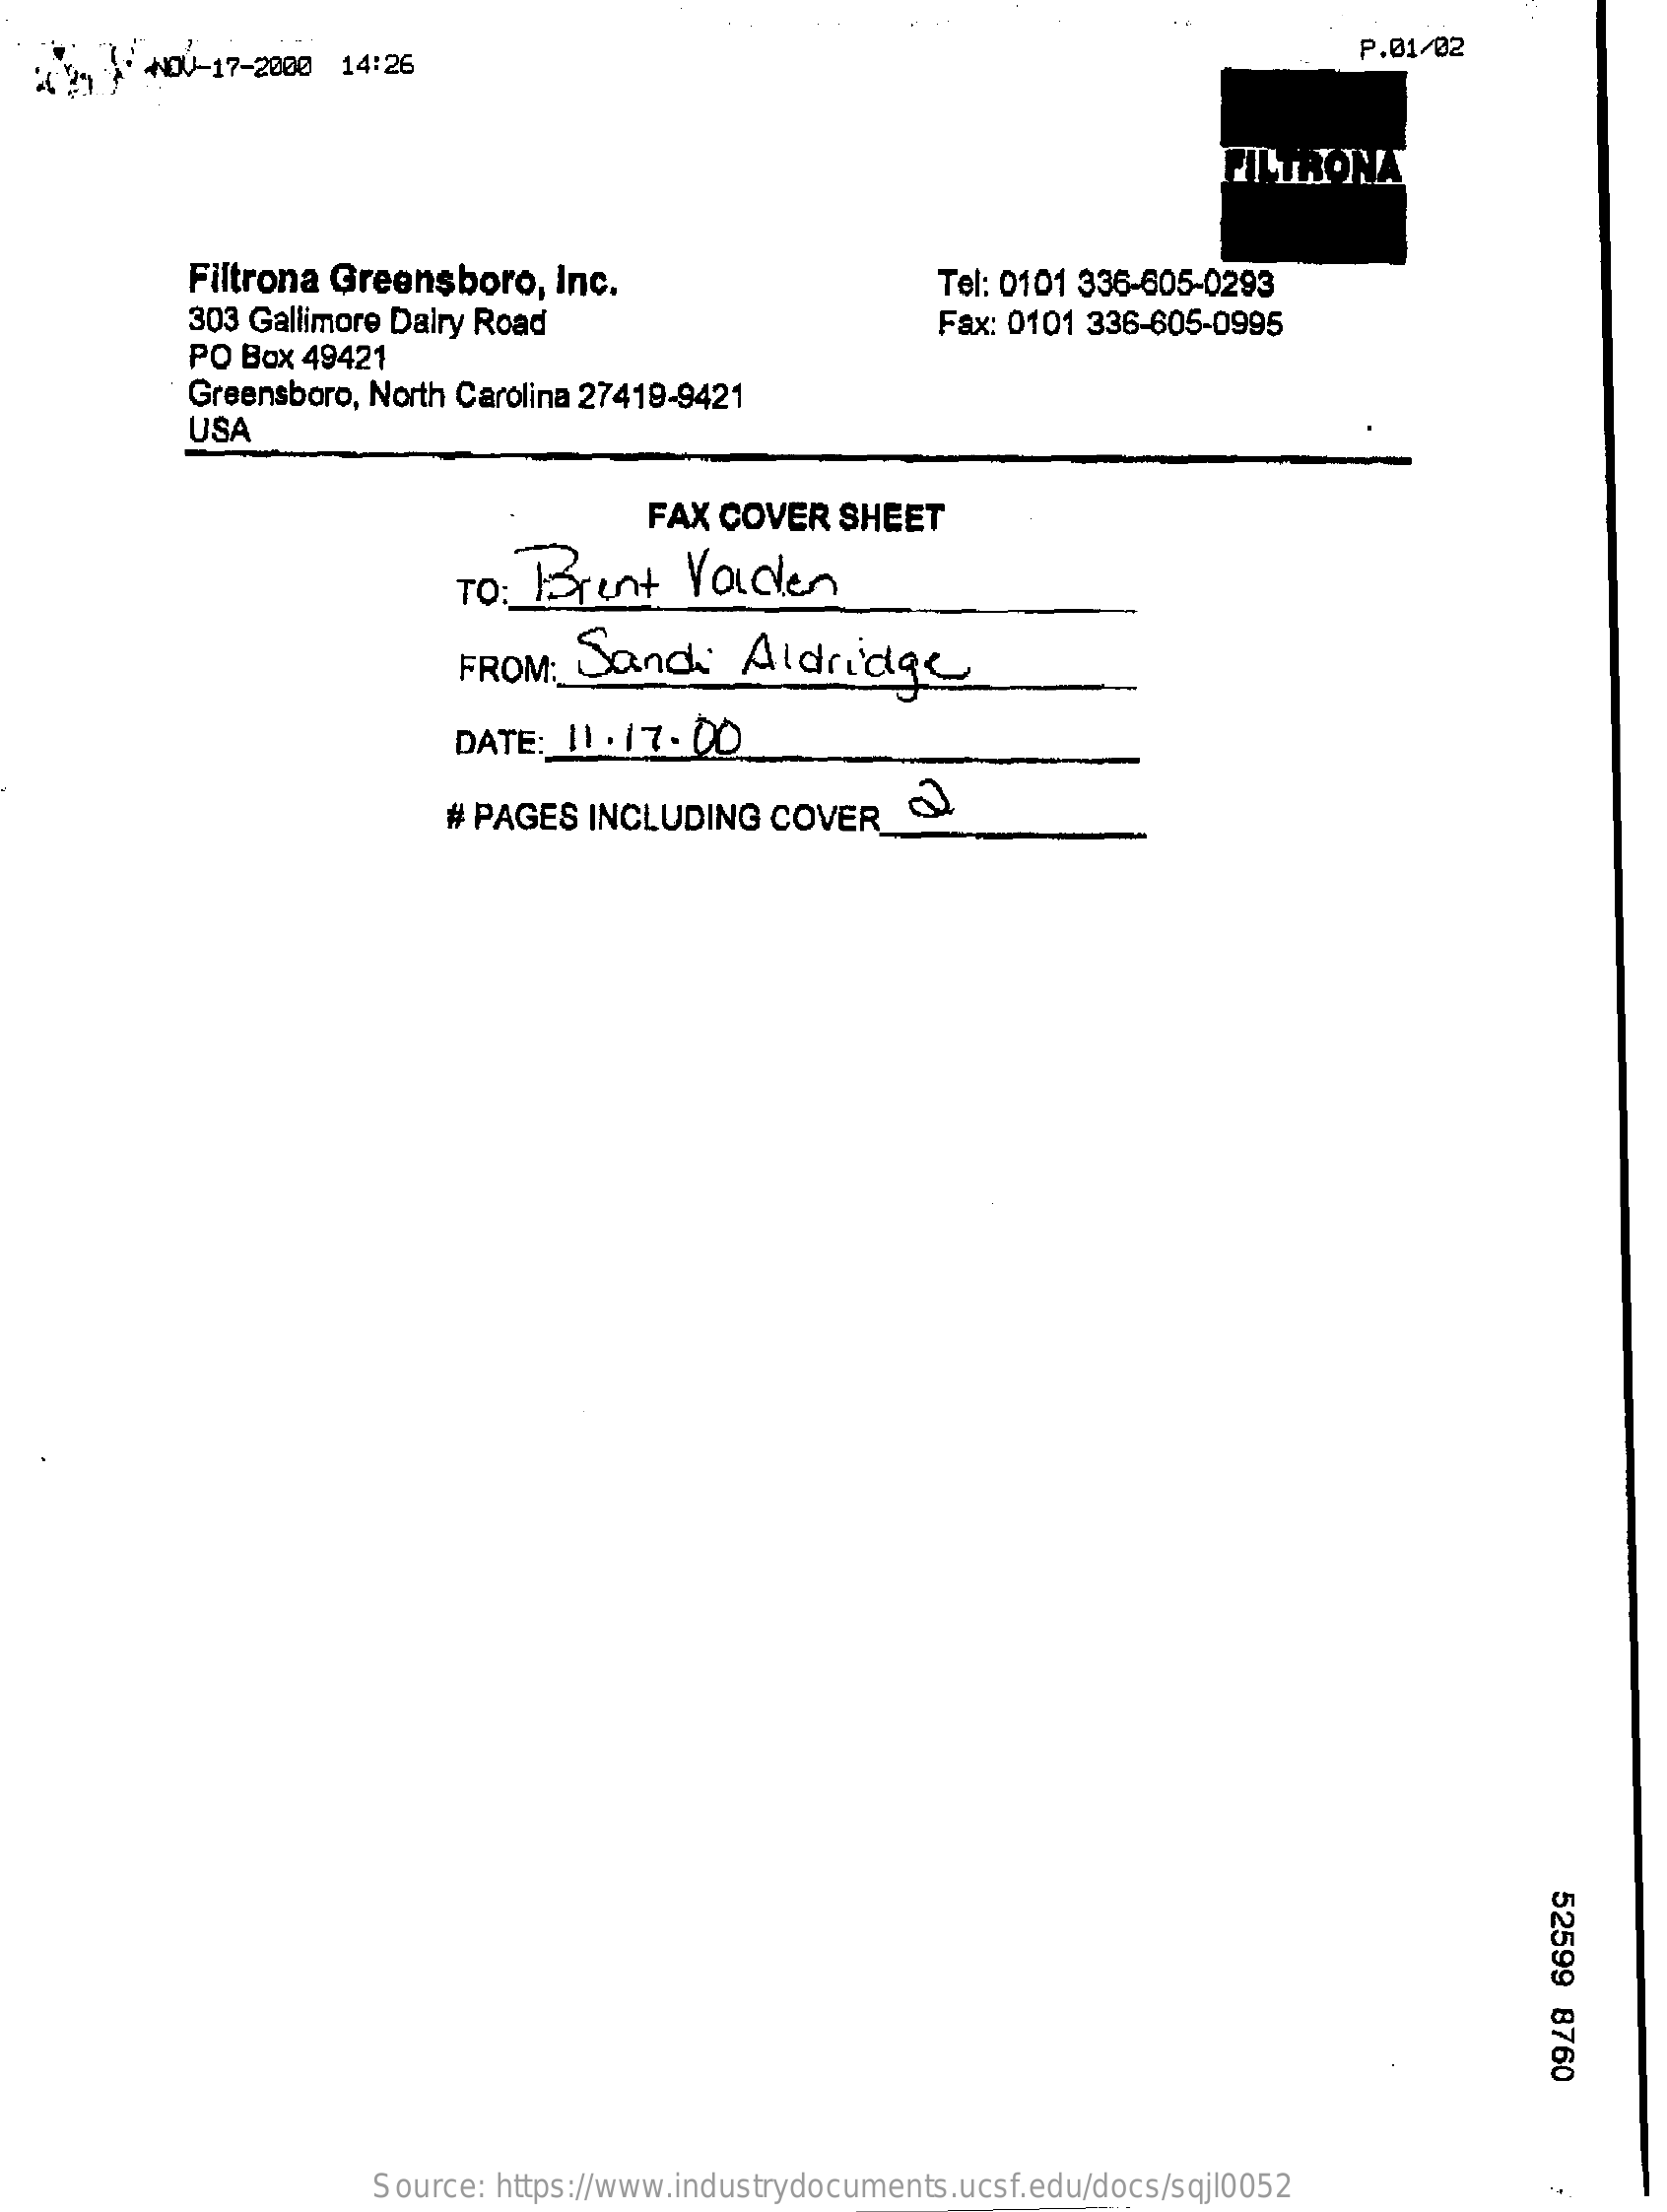
0-17-2000 14:26    P.01/02
     FILTRONA
     Filtrona Greensboro,    Inc.
     303 Gallimore Dairy Road
     Tel: 0101 336-605-0293
     PO Box  49421
     Fax: 0101 336-605-0995
     Greensboro, North Carolina 27419-9421
     USA
     FAX COVER   SHEET
     To : Brent    Vaiden
     FROM:  Sand:    Aldridge
     DATE: 11 . 17. 00
     # PAGES  INCLUDING   COVER
     52599
     8760
     Source: https://www.industrydocuments.ucsf.edu/docs/sqjl0052